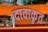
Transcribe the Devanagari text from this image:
दावाकृत